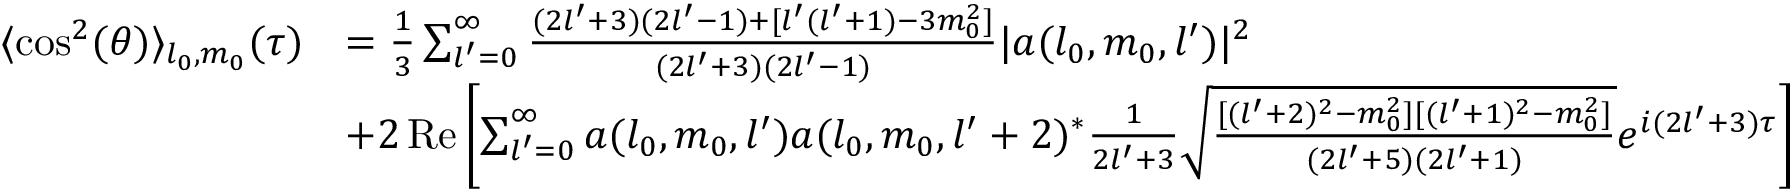
\begin{array} { r l } { \langle \cos ^ { 2 } ( \theta ) \rangle _ { l _ { 0 } , m _ { 0 } } ( \tau ) } & { = \frac { 1 } { 3 } \sum _ { l ^ { \prime } = 0 } ^ { \infty } \frac { ( 2 l ^ { \prime } + 3 ) ( 2 l ^ { \prime } - 1 ) + [ l ^ { \prime } ( l ^ { \prime } + 1 ) - 3 m _ { 0 } ^ { 2 } ] } { ( 2 l ^ { \prime } + 3 ) ( 2 l ^ { \prime } - 1 ) } | a ( l _ { 0 } , m _ { 0 } , l ^ { \prime } ) | ^ { 2 } } \\ & { + 2 \operatorname { R e } \left[ \sum _ { l ^ { \prime } = 0 } ^ { \infty } a ( l _ { 0 } , m _ { 0 } , l ^ { \prime } ) a ( l _ { 0 } , m _ { 0 } , l ^ { \prime } + 2 ) ^ { * } \frac { 1 } { 2 l ^ { \prime } + 3 } \sqrt { \frac { [ ( l ^ { \prime } + 2 ) ^ { 2 } - m _ { 0 } ^ { 2 } ] [ ( l ^ { \prime } + 1 ) ^ { 2 } - m _ { 0 } ^ { 2 } ] } { ( 2 l ^ { \prime } + 5 ) ( 2 l ^ { \prime } + 1 ) } } e ^ { i ( 2 l ^ { \prime } + 3 ) \tau } \right] } \end{array}